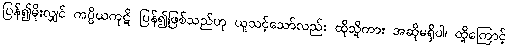
ပြန်၍မိုးလျှင် ကပ္ပိယကုဋိ ပြန်၍ဖြစ်သည်ဟု ယူသင့်သော်လည်း ထိုသို့ကား အဆိုမရှိပါ၊ ထို့ကြောင့်